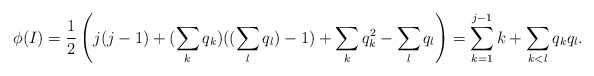
\begin{align*}\phi(I)=\frac{1}{2}\left(j(j-1)+(\sum_k q_k)((\sum_l q_l)-1)+\sum_k q_k^2-\sum_l q_l \right)=\sum_{k=1}^{j-1} k+\sum_{k<l} q_kq_l.\end{align*}